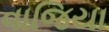
વાજિયા